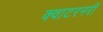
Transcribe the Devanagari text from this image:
क्वाटरनरी